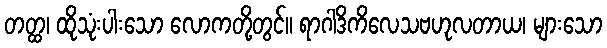
တတ္ထ၊ ထိုသုံးပါးသော လောကတို့တွင်။ ရာဂါဒိကိလေသဗဟုလတာယ၊ များသော